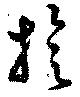
旋